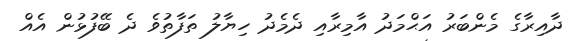
ދާއިރާގެ މެންބަރު އަޙްމަދު އާމިރާއި ދެމެދު ހިޔާލު ތަފާތުވެ ދެ ބޭފުޅުން އެއް